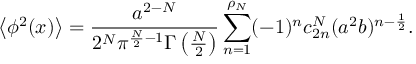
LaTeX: \left< \phi ^ { 2 } ( x ) \right> = { \frac { a ^ { 2 - N } } { 2 ^ { N } \pi ^ { \frac N 2 - 1 } \Gamma \left( \frac N 2 \right) } } \sum _ { n = 1 } ^ { \rho _ { N } } ( - 1 ) ^ { n } c _ { 2 n } ^ { N } ( a ^ { 2 } b ) ^ { n - \frac 1 2 } .